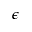
\epsilon